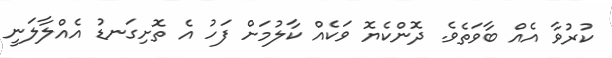
ކުރުވާ އެއް ބާވަތެވެ. ދޮންކެޔޮ ވަކެއް ކާލުމަށް ފަހު އެ ތޮށިގަނޑު އެއްލާލަނީ